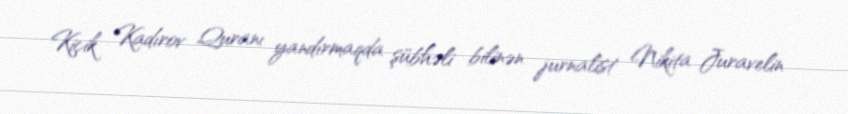
Kiçik Kadırov Quranı yandırmaqda şübhəli bilinən jurnalist Nikita Juravelin